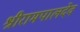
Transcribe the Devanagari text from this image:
श्रीरामपालदेव